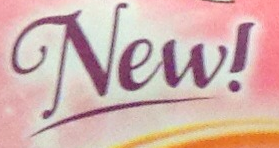
New!